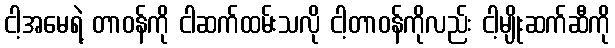
ငါ့အမေရဲ့ တာဝန်ကို ငါဆက်ထမ်းသလို ငါ့တာဝန်ကိုလည်း ငါ့မျိုးဆက်ဆီကို